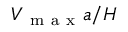
V _ { \mathrm { ~ m ~ a ~ x ~ } } a / H